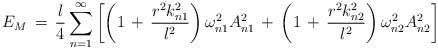
\begin{align*}E_{M}\,=\,\frac{l}{4}\sum_{n=1}^{\infty}\left[\left(1\,+\,\frac{r^{2}k_{n1}^2}{l^2}\right)\omega_{n1}^{2}A_{n1}^2\,+\,\left(1\,+\,\frac{r^{2}k_{n2}^2}{l^2}\right)\omega_{n2}^{2}A_{n2}^2\right]\end{align*}